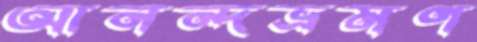
আনন্দভ্রমণ